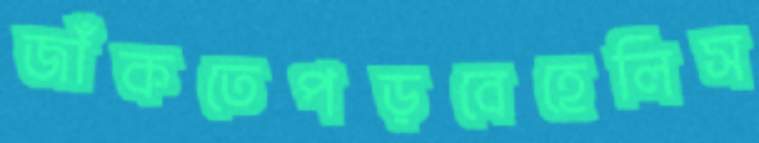
জাঁকতেপড়বেহেলিস